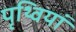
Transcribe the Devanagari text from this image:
पृथ्वियां